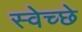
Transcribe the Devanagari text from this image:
स्वेच्छे